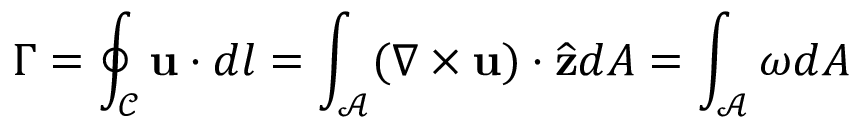
\Gamma = \oint _ { \mathcal { C } } \mathbf { u } \cdot d l = \int _ { \mathcal { A } } ( \nabla \times \mathbf { u } ) \cdot \widehat { \mathbf { z } } d A = \int _ { \mathcal { A } } \omega d A